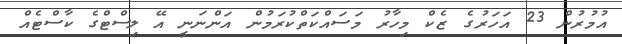
އުމުރުން 23 އަހަރުގެ ޒެކް މިހާރު މަސައްކަތްކުރަމުން އަންނަނީ އޭ ލިސްޓްގެ ކާސްޓެއް